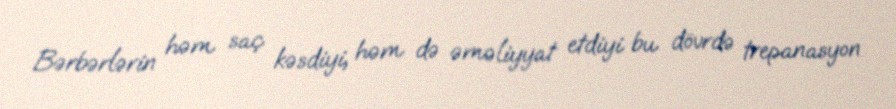
Bərbərlərin həm saç kəsdiyi, həm də əməliyyat etdiyi bu dövrdə trepanasyon